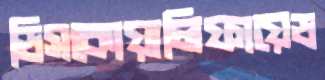
ডিসকোয়ালিফায়েড